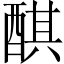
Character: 𨡨